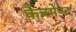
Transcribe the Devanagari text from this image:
कैचमेण्ट